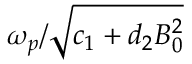
\omega _ { p } / \sqrt { c _ { 1 } + d _ { 2 } B _ { 0 } ^ { 2 } }